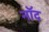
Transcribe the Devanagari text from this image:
नॉद